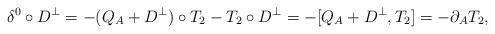
LaTeX: \begin{align*}\delta^0\circ D^\perp&=-(Q_A+D^\perp)\circ T_2-T_2\circ D^\perp =-[Q_A+D^\perp,T_2]=-\partial_A T_2,\end{align*}